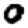
Digit: 0